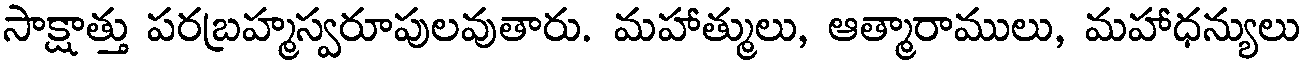
సాక్షాత్తు పరబ్రహ్మస్వరూపులవుతారు. మహాత్ములు, ఆత్మారాములు, మహాధన్యులు